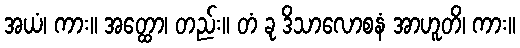
အယံ၊ ကား။ အတ္ထော၊ တည်း။ တံ ခု ဒိသာလောစနံ အာဟူတိ၊ ကား။